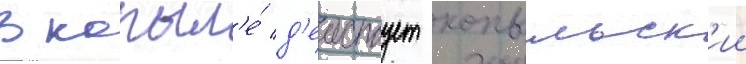
В копыл'е́ д'еиствует копыльск'ии